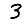
Digit: 3